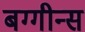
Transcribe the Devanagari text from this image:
बग्गीन्स